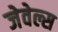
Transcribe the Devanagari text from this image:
जेवेल्स